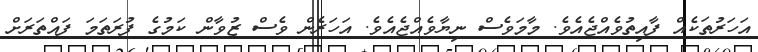
އަހަރުތަކެއް ފާއިތުވެއްޖެއެވެ. މާމަވެސް ނިޔާވެއްޖެއެވެ. އަހަރެން ވެސް ޒުވާން ކަމުގެ ފުރަތަމަ ފައްތަރަށް